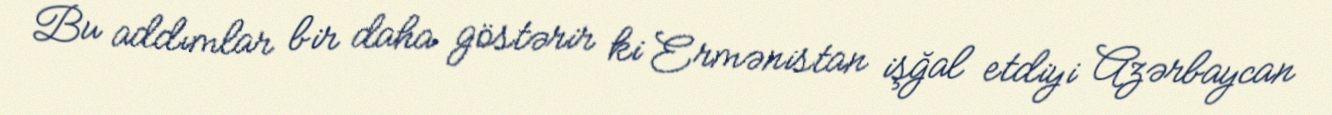
Bu addımlar bir daha göstərir ki Ermənistan işğal etdiyi Azərbaycan